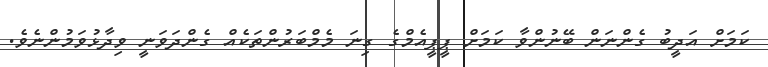
ކަމަށް އަދީބު ގެންނަން ބޭނުންވާ ކަމަށް ޕީޕީއެމްގެ ގިނަ މެމްބަރުންތަކެއް ގެންދަވަނީ ވިދާޅުވަމުންނެވެ.